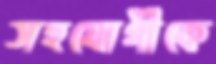
সহযোগীকে